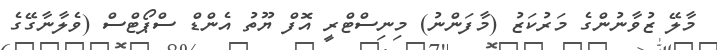
މާލޭ ޒުވާނުންގެ މަރުކަޒު (މާފަންނު) މިނިސްޓްރީ އޮފް ޔޫތު އެންޑް ސްޕޯޓްސް (ވެލާނާގޭގެ